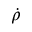
\dot { \rho }